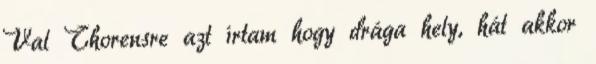
Val Thorensre azt írtam hogy drága hely, hát akkor